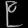
Digit: ၉